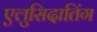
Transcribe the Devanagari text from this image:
एलुसिदातिंग